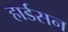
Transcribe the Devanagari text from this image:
हार्डसन